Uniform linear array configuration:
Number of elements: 8
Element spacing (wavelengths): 0.5
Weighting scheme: blackman
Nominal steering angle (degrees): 0
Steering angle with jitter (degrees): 0.9548
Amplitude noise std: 0.05
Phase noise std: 0.05

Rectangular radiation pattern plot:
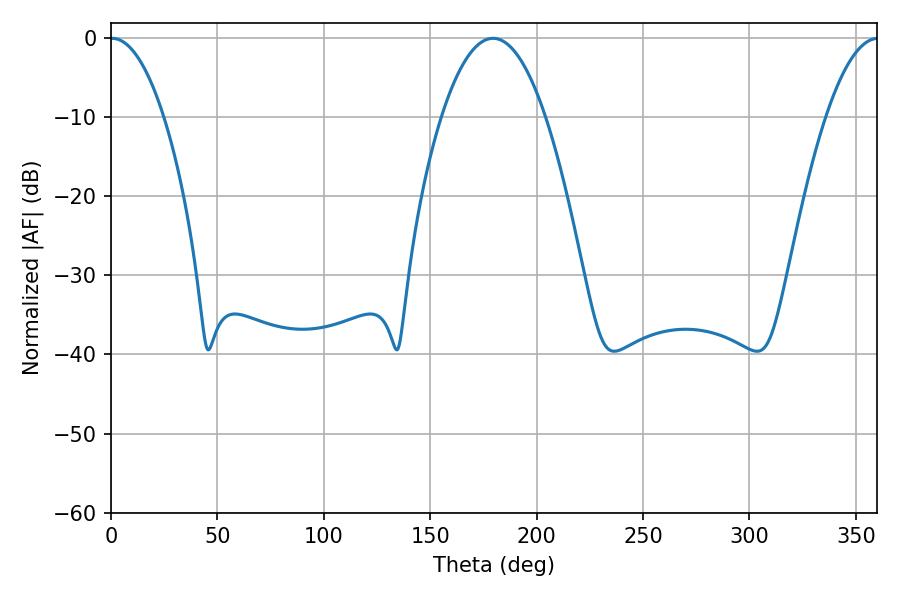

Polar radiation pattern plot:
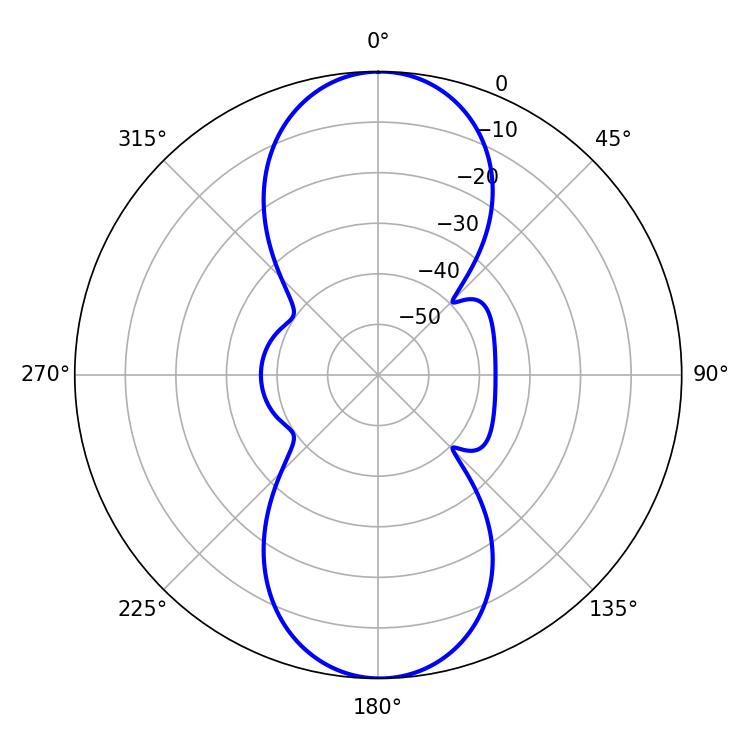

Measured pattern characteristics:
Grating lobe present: FALSE
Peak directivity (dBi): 25.064
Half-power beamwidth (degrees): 13.86
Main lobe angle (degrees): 0.54